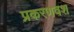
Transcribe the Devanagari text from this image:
प्रकरणवश